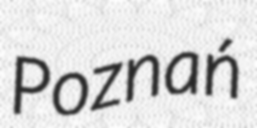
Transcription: Poznań